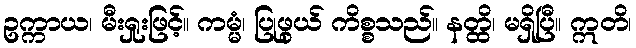
ဥက္ကာယ၊ မီးရှုးဖြင့်။ ကမ္မံ၊ ပြုဖွယ် ကိစ္စသည်။ နတ္ထိ၊ မရှိပြီ။ ဣတိ၊